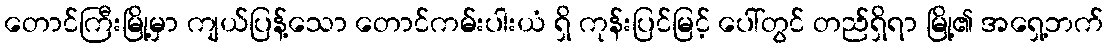
တောင်ကြီးမြို့မှာ ကျယ်ပြန့်သော တောင်ကမ်းပါးယံ ရှိ ကုန်းပြင်မြင့် ပေါ်တွင် တည်ရှိရာ မြို့၏ အရှေ့ဘက်